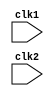
`timescale 1ns / 1ps
//////////////////////////////////////////////////////////////////////////////////
// Company: 
// 
// Design Name: Behavioral Implementation of MIPS - 32 Processor with pipelining.
// Module Name:    pipe_MIPS32 
// Project Name: 
// Target Devices: 
// Tool versions: 
// Description: 
//
// Dependencies: 
//
// Revision: 
// Revision 0.01 - File Created
// Additional Comments: 
//
//////////////////////////////////////////////////////////////////////////////////
module pipe_MIPS32(clk1, clk2
    );
	input clk1, clk2;
	
	parameter WORD_SIZE = 32, TYPE_WORD_SIZE = 3;


	reg [WORD_SIZE-1:0] 		 PC, IF_ID_IR, IF_ID_NPC;
	reg [WORD_SIZE-1:0] 		 ID_EX_IR, ID_EX_NPC, ID_EX_A, ID_EX_B, ID_EX_Imm;
	reg [TYPE_WORD_SIZE-1:0] ID_EX_type, EX_MEM_type, MEM_WB_type;
	reg [WORD_SIZE-1:0]		 EX_MEM_IR, EX_MEM_ALUout, EX_MEM_B;
	reg 							 EX_MEM_cond;
	reg [WORD_SIZE-1:0]		 MEM_WB_IR, MEM_WB_ALUout, MEM_WB_LMD;

	reg [WORD_SIZE-1:0]		 REG [0:31];
	reg [WORD_SIZE-1:0]		 MEMORY [0:1023];
	
	parameter 	ADD = 6'b000000, SUB = 6'b000001, AND = 6'b000010, OR = 6'b000011,
					SLT = 6'b000100, MUL = 6'b000101, HLT = 6'b111111, LW = 6'b001000,
					SW  = 6'b001001, ADDI = 6'b001010, SUBI = 6'b001011, SLTI = 6'b001100,
					BNEQZ = 6'b001101, BEQZ =  6'b001110;
					
	parameter RR_ALU = 3'b000, RM_ALU = 3'b001, LOAD = 3'b010, STORE = 3'b011,
				 BRANCH = 3'b100, HALT = 3'b101;
	reg HALTED; 
	reg TAKEN_BRANCH;

	//IF - STAGE

	always @(posedge clk1)
		if (HALTED == 0)
		begin
			if(((EX_MEM_IR[31:26] == BEQZ) && (EX_MEM_cond == 1)) || 
			   ((EX_MEM_IR[31:26] == BNEQZ) && (EX_MEM_cond == 0)))
					begin
						IF_ID_IR     <= #2 MEMORY[EX_MEM_ALUout];
						TAKEN_BRANCH <= #2 1'b1;
						IF_ID_NPC    <= #2 EX_MEM_ALUout + 1;
						PC	          <= #2 EX_MEM_ALUout + 1;
					end
			else
				begin
					IF_ID_IR        <= #2 MEMORY[PC];
					IF_ID_NPC       <= #2 PC + 1;
					PC              <= #2 PC + 1;
					TAKEN_BRANCH  <= #2 0;
				end	
		end
	
	//ID - STAGE
	
	always @ (posedge clk2)
		if (HALTED == 0)
		begin
			if (IF_ID_IR[25:21] == 5'b00000) ID_EX_A <= 0;
			else ID_EX_A <= #2 REG[IF_ID_IR[25:21]]; //Rs
			
			if (IF_ID_IR[20:16] == 5'b00000) ID_EX_B <= 0;
			else ID_EX_B <= #2 REG[IF_ID_IR[20:16]]; //Rt
			
			ID_EX_NPC <= #2 IF_ID_NPC;
			ID_EX_IR  <= #2 IF_ID_IR;
			ID_EX_Imm <= #2 {{16{IF_ID_IR[15]}}, {IF_ID_IR[15:0]}};
			
			case (IF_ID_IR[31:26])
				ADD, SUB, AND, OR, SLT, MUL : ID_EX_type <= #2 RR_ALU;
				ADDI, SUBI, SLTI            : ID_EX_type <= #2 RM_ALU;
				LW                          : ID_EX_type <= #2 LOAD;
				SW                          : ID_EX_type <= #2 STORE;
				BNEQZ, BEQZ                 : ID_EX_type <= #2 BRANCH;
				HLT                         : ID_EX_type <= #2 HALT;
				default                     : ID_EX_type <= #2 HALT;
			endcase
		end	

	// EX - STAGE
	always @ (posedge clk1)
		if (HALTED == 0)
		begin
			EX_MEM_type   <= #2 ID_EX_type;
			EX_MEM_IR     <= #2 ID_EX_IR;
			//TAKEN_BRANCH  <= #2 0;
			
			case (ID_EX_type)
				RR_ALU : begin
								case (ID_EX_IR[31:26])
									ADD      : EX_MEM_ALUout <= #2 ID_EX_A + ID_EX_B;
									SUB      : EX_MEM_ALUout <= #2 ID_EX_A - ID_EX_B;
									AND      : EX_MEM_ALUout <= #2 ID_EX_A & ID_EX_B;
									OR       : EX_MEM_ALUout <= #2 ID_EX_A | ID_EX_B;
									SLT      : EX_MEM_ALUout <= #2 ID_EX_A < ID_EX_B;
									MUL      : EX_MEM_ALUout <= #2 ID_EX_A * ID_EX_B;
									default  : EX_MEM_ALUout <= #2 32'hxxxxxxxx;
								endcase
							end
				
				RM_ALU : begin
								case (ID_EX_IR[31:26])
									ADDI     : EX_MEM_ALUout <= #2 ID_EX_A + ID_EX_Imm;
									SUBI     : EX_MEM_ALUout <= #2 ID_EX_A - ID_EX_Imm;
									SLTI     : EX_MEM_ALUout <= #2 ID_EX_A < ID_EX_Imm;
									default  : EX_MEM_ALUout <= #2 32'hxxxxxxxx;
								endcase
							end

				LOAD, STORE : begin		
									 EX_MEM_ALUout <= #2 ID_EX_A + ID_EX_Imm;
									 EX_MEM_B      <= #2 ID_EX_B;
								  end

				BRANCH : begin
								EX_MEM_ALUout <= #2 ID_EX_NPC + ID_EX_Imm;
								EX_MEM_cond   <= #2 (ID_EX_A == 0);
							end
			endcase
		end

	// MEM - STAGE
	always @(posedge clk2)
		if (HALTED == 0)
		begin
			MEM_WB_type <= EX_MEM_type;
			MEM_WB_IR <= #2 EX_MEM_IR;
			
			case (EX_MEM_type)
				RR_ALU, RM_ALU : MEM_WB_ALUout <= #2 EX_MEM_ALUout;
				LOAD           : MEM_WB_LMD    <= #2 MEMORY[EX_MEM_ALUout];
				STORE          : if (TAKEN_BRANCH == 0) MEMORY[EX_MEM_ALUout] <= #2 EX_MEM_B;
			endcase
		end
		
	//WB - STAGE
	always @ (posedge clk1)
		begin
			if (TAKEN_BRANCH == 0)
			
			case (MEM_WB_type)
				RR_ALU : REG[MEM_WB_IR[15:11]] <= #2 MEM_WB_ALUout; // Rd
				RM_ALU : REG[MEM_WB_IR[20:16]] <= #2 MEM_WB_ALUout;
				LOAD   : REG[MEM_WB_IR[20:16]] <= #2 MEM_WB_LMD;
				HALT   : HALTED <= 1'b1;
			endcase
		end	

endmodule